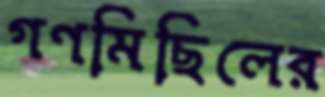
গণমিছিলের